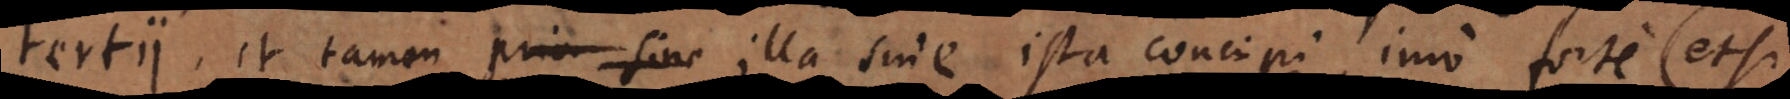
tertii, et tamen illa sine ista concipi, imo forte (etsi